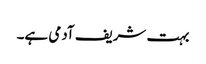
بہت شریف آدمی ہے۔